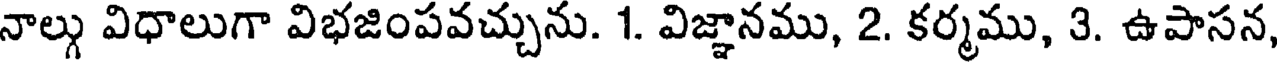
నాల్గు విధాలుగా విభజింపవచ్చును. 1. విజ్ఞానము, 2. కర్మము, 3. ఉపాసన,